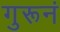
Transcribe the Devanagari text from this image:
गुरूनं